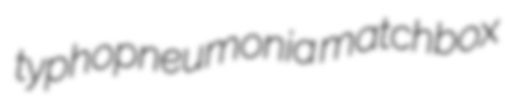
typhopneumonia matchbox